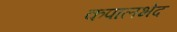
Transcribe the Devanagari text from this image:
कपालभेद